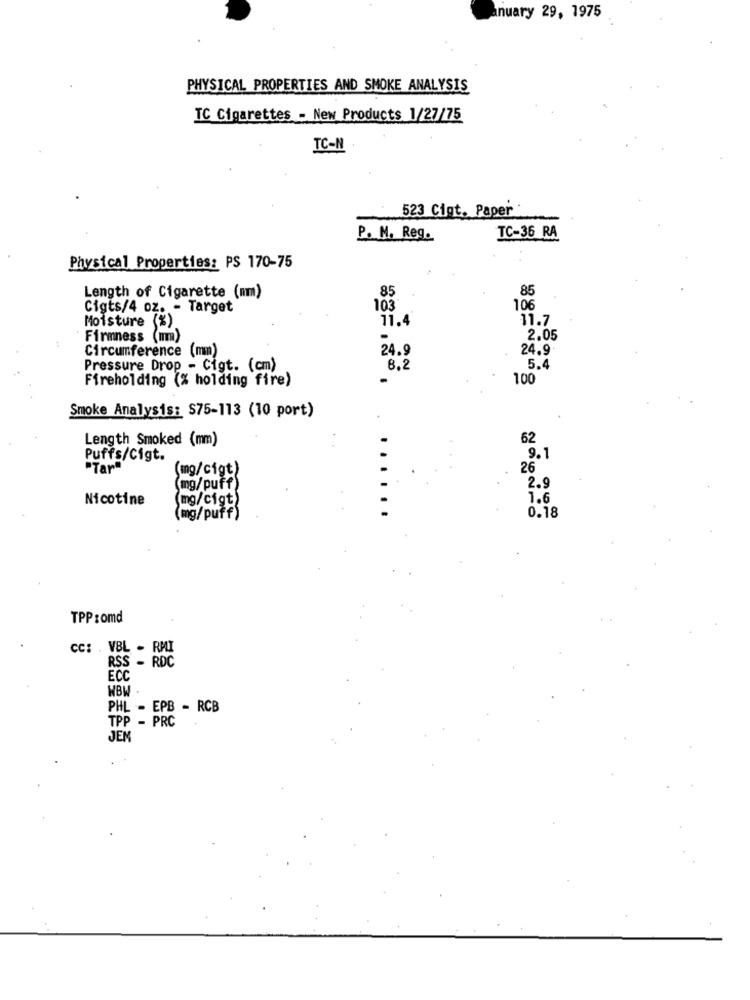
nuary 29, 1975
PHYSICAL PROPERTIES AND SMOKE ANALYSIS
IC Cigarettes - New Products 1/27/75
TC-N
523 Cigt. Paper
TC-36 RA
P. M. Reg.
Physical Properties: PS 170-75
Length of Cigarette (mm)
85
85
Cigts/4 oz. - Target
103
106
Moisture (%)
11.4
11.7
Firmness (mm)
2.05
Circumference (mm)
24.9
24.9
Pressure Drop - Cigt. (cm)
8.2
5.4
Fireholding (% holding fire)
100
Smoke Analysis: $75-113 (10 port)
Length Smoked (mm)
62
Puffs/Cigt.
9.1
"Tar"
(mg/cigt)
26
2.9
(mg/puff)
Nicotine
(mg/cigt)
1.6
(mg/puff)
0.18
TPP:omd
CC: . VBL - RMI
RSS - RDC
ECC
WBW
PHL - EPB - RCB
TPP - PRC
JEM